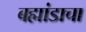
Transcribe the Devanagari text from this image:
बह्मांडाचा